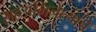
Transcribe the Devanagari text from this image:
सहअभिनेत्याचे